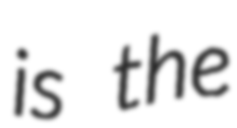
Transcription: is the